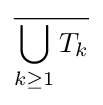
{\overline {\bigcup _{k\geq 1}T_{k}}}